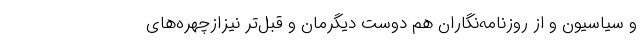
و سیاسیون و از روزنامه‌نگاران هم دوست دیگرمان و قبل‌تر نیزازچهره‌های